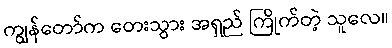
ကျွန်တော်က တေးသွား အရှည် ကြိုက်တဲ့ သူလေ။